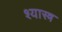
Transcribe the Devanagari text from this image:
श्यास्त्र